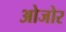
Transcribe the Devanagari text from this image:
ओजोर